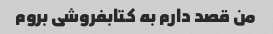
من قصد دارم به کتابفروشی بروم